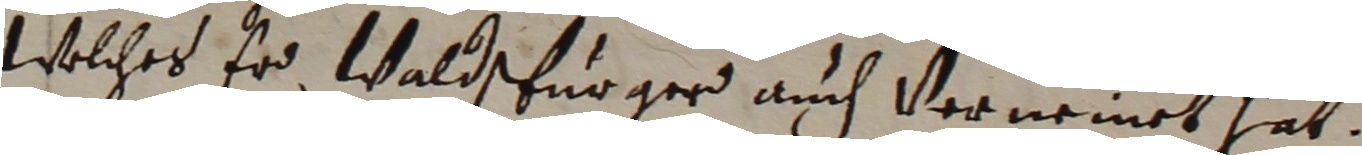
welches er Waldsfurger auch vernemmet hat.